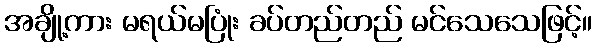
အချို့ကား မရယ်မပြုံး ခပ်တည်တည် မင်သေသေဖြင့်။